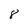
Character: 8